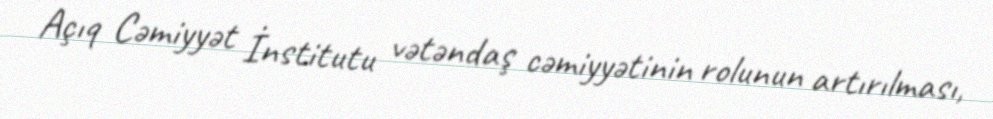
Açıq Cəmiyyət İnstitutu vətəndaş cəmiyyətinin rolunun artırılması,